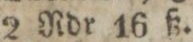
2 Rdr 16 ß.